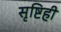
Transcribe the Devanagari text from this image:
सृष्टिही